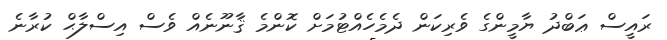
ރައީސް ޢަބްދު ޔާމީންގެ ވެރިކަން ދެމެހެއްޓުމަށް ކޮންމެ ޤާނޫނެއް ވެސް އިސްލާޙް ކުރާނެ